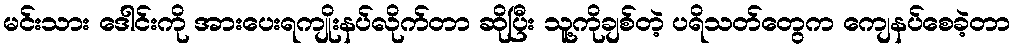
မင်းသား ဒေါင်းကို အားပေးရကျိုးနပ်လိုက်တာ ဆိုပြီး သူ့ကိုချစ်တဲ့ ပရိသတ်တွေက ကျေနပ်စေခဲ့တာ